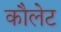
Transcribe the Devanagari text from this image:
कौलेट